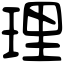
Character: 理